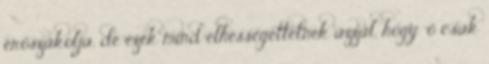
erőszakolja, de ezek mind elhessegettetnek azzal, hogy "ő csak